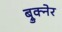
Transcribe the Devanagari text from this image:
ब्रुक्नेर